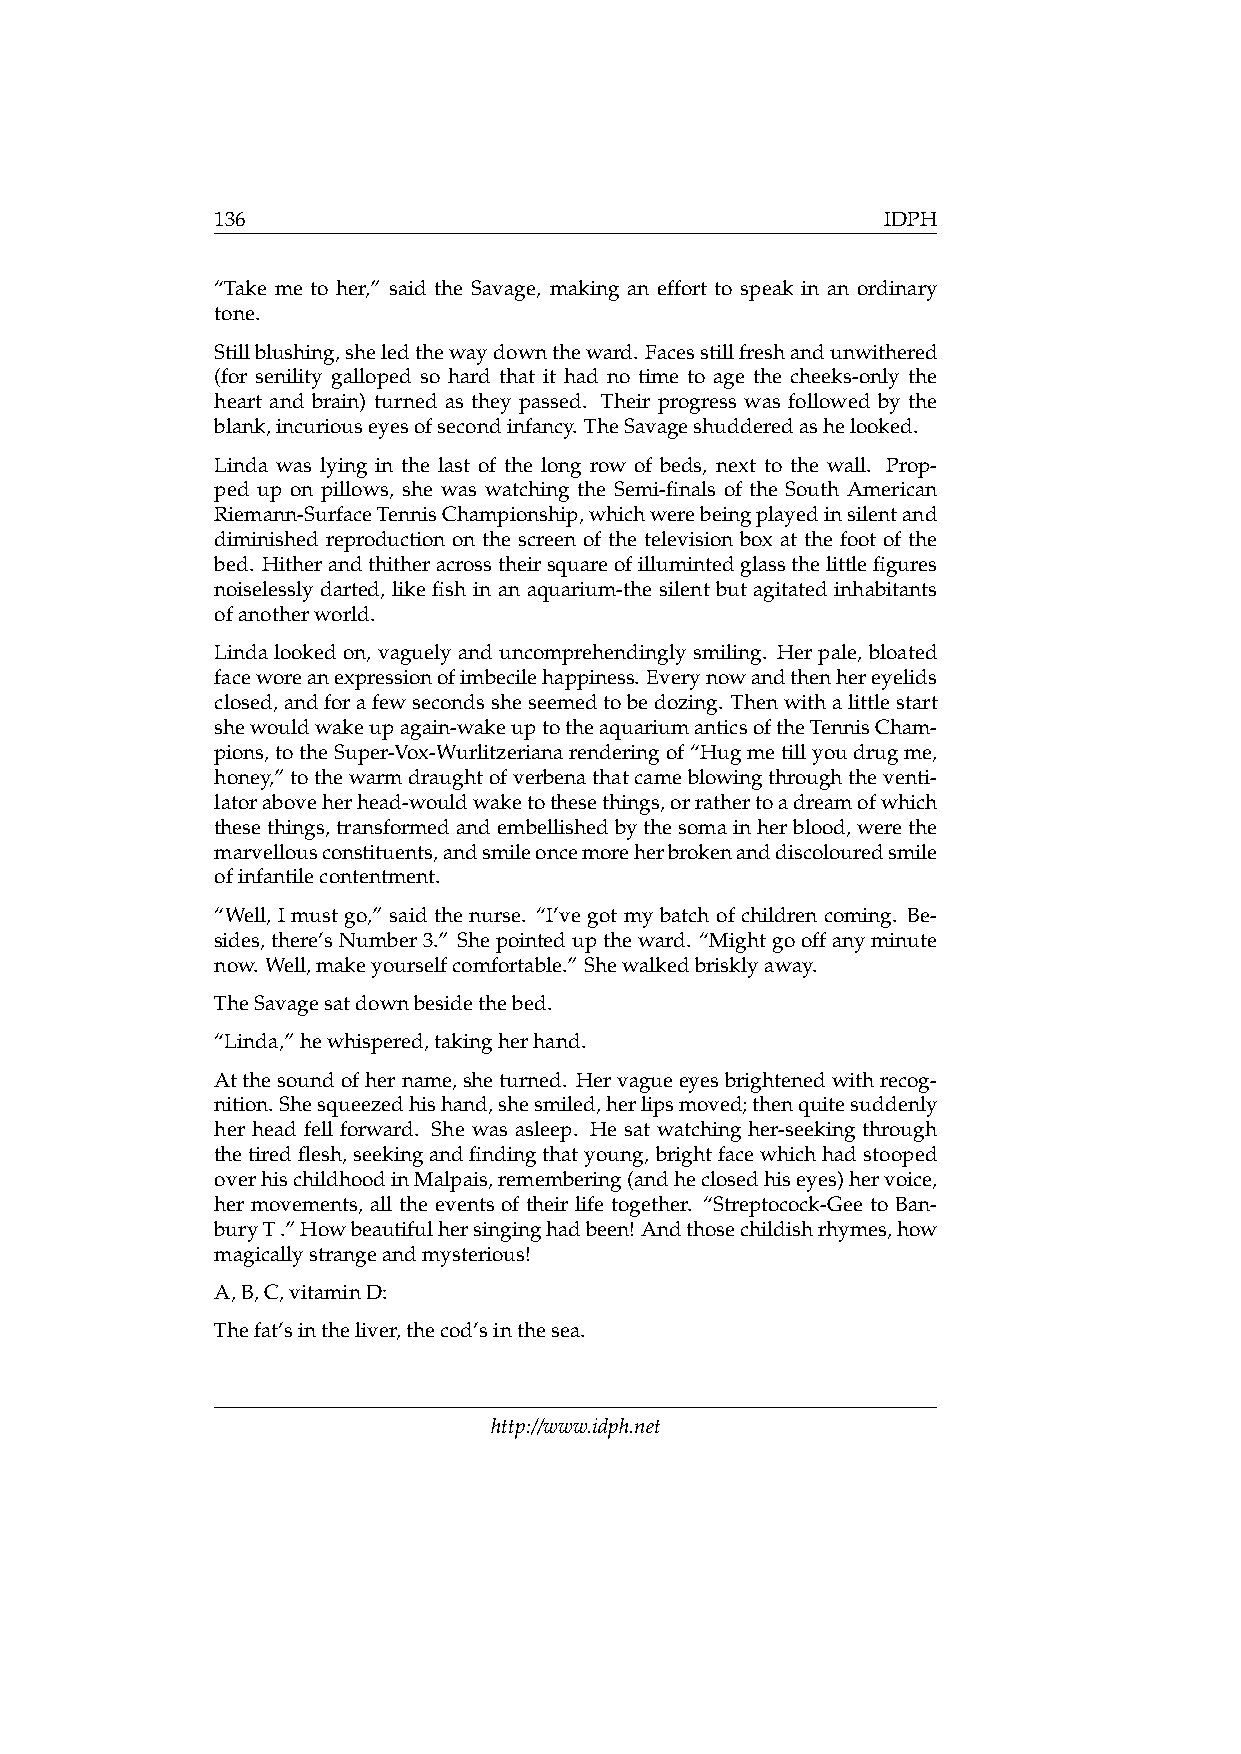
136                                          IDPH
 “Take me to her,” said the Savage, making an effort to speak in an ordinary
 tone.
 Stillblushing,sheledthewaydowntheward. Facesstillfreshandunwithered
 (for senility galloped so hard that it had no time to age the cheeks-only the
 heart and brain) turned as they passed. Their progress was followed by the
 blank,incuriouseyesofsecondinfancy. TheSavageshudderedashelooked.
 Linda was lying in the last of the long row of beds, next to the wall. Prop-
 ped up on pillows, she was watching the Semi-finals of the South American
 Riemann-SurfaceTennisChampionship,whichwerebeingplayedinsilentand
 diminished reproduction on the screen of the television box at the foot of the
 bed. Hitherandthitheracrosstheirsquareofillumintedglassthelittlefigures
 noiselessly darted, like fish in an aquarium-the silent but agitated inhabitants
 ofanotherworld.
 Lindalookedon, vaguelyanduncomprehendinglysmiling. Herpale, bloated
 faceworeanexpressionofimbecilehappiness. Everynowandthenhereyelids
 closed,andforafewsecondssheseemedtobedozing. Thenwithalittlestart
 shewouldwakeupagain-wakeuptotheaquariumanticsoftheTennisCham-
 pions,totheSuper-Vox-Wurlitzerianarenderingof“Hugmetillyoudrugme,
 honey,”tothewarmdraughtofverbenathatcameblowingthroughtheventi-
 latoraboveherhead-wouldwaketothesethings,orrathertoadreamofwhich
 thesethings,transformedandembellishedbythesomainherblood,werethe
 marvellousconstituents,andsmileoncemoreherbrokenanddiscolouredsmile
 ofinfantilecontentment.
 “Well, I must go,” said the nurse. “I’ve got my batch of children coming. Be-
 sides,there’sNumber3.” Shepointeduptheward. “Mightgooffanyminute
 now. Well,makeyourselfcomfortable.” Shewalkedbrisklyaway.
 TheSavagesatdownbesidethebed.
 “Linda,”hewhispered,takingherhand.
 Atthesoundofhername,sheturned. Hervagueeyesbrightenedwithrecog-
 nition. Shesqueezedhishand,shesmiled,herlipsmoved;thenquitesuddenly
 her head fell forward. She was asleep. He sat watching her-seeking through
 thetiredflesh,seekingandfindingthatyoung,brightfacewhichhadstooped
 overhischildhoodinMalpais,remembering(andheclosedhiseyes)hervoice,
 her movements, all the events of their life together. “Streptocock-Gee to Ban-
 buryT.”Howbeautifulhersinginghadbeen!Andthosechildishrhymes,how
 magicallystrangeandmysterious!
 A,B,C,vitaminD:
 Thefat’sintheliver,thecod’sinthesea.
 http://www.idph.net